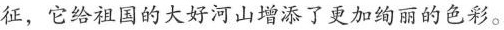
征，它给祖国的大好河山增添了更加绚丽的色彩。